Document type: Grant
Year: 1445
Scribe: Antoni Gomar
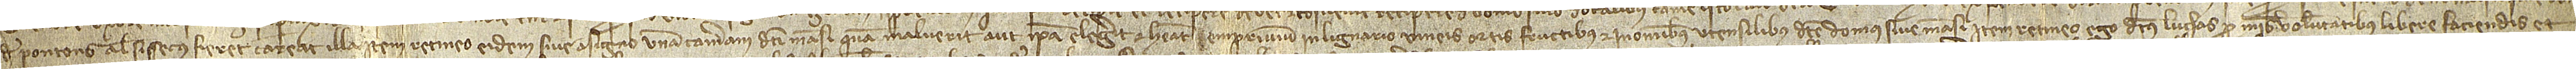
de Pontons, aliter si secus fieret careat illa. Item, retineo eidem sive asigno unam cameram dicti mansi quam maluerit aut ipsa elegerit, et habeat emprivium in lignario, vineis, ortis, fructibus et in omnibus utensilibus dicte domus sive mansi. Item, retineo ego dictus Luchas pro mei voluntatibus libere faciendis et